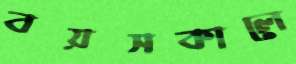
বয়সকালে